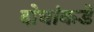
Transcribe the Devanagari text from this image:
दोघांकडे